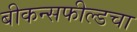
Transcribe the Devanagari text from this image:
बीकन्सफील्डचा